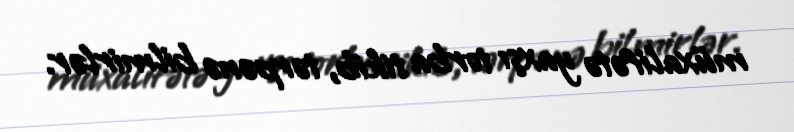
müxalifətə yaxşı torba tikib, tərpənə bilmirlər.